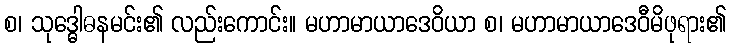
စ၊ သုဒ္ဓေါဓနမင်း၏ လည်းကောင်း။ မဟာမာယာဒေဝိယာ စ၊ မဟာမာယာဒေဝီမိဖုရား၏